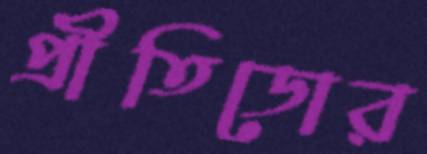
প্রীতিডোর